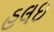
હલઇ